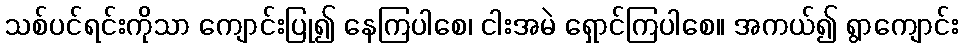
သစ်ပင်ရင်းကိုသာ ကျောင်းပြု၍ နေကြပါစေ၊ ငါးအမဲ ရှောင်ကြပါစေ။ အကယ်၍ ရွာကျောင်း